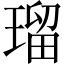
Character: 瑠